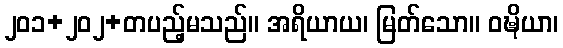
၂၀၁+၂၀၂+တပည့်မသည်။ အရိယာယ၊ မြတ်သော။ ဝဍ္ဎိယာ၊